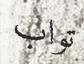
تواب